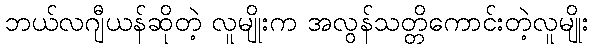
ဘယ်လဂျီယန်ဆိုတဲ့ လူမျိုးက အလွန်သတ္တိကောင်းတဲ့လူမျိုး